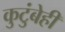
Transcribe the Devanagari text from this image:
कुटुंबेही